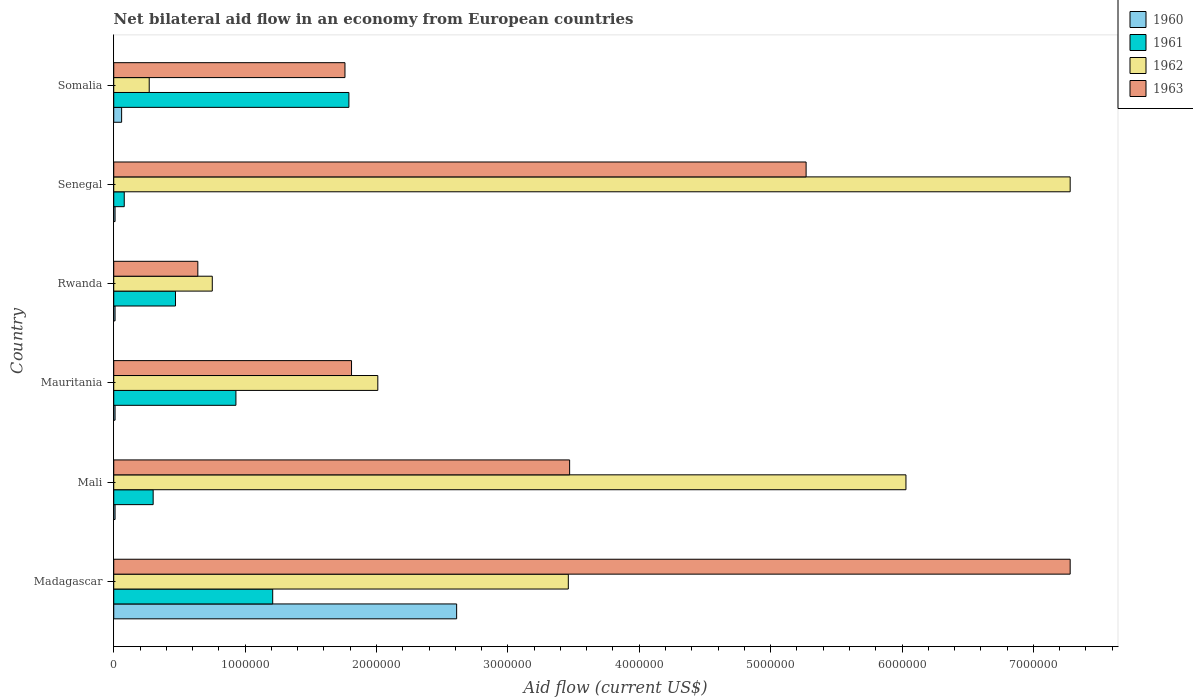
| Country | 1960 | 1961 | 1962 | 1963 |
 | --- | --- | --- | --- | --- |
 | Madagascar | 2.61e+06 | 1.21e+06 | 3.46e+06 | 7.28e+06 |
 | Mali | 1e+04 | 3e+05 | 6.03e+06 | 3.47e+06 |
 | Mauritania | 1e+04 | 9.3e+05 | 2.01e+06 | 1.81e+06 |
 | Rwanda | 1e+04 | 4.7e+05 | 7.5e+05 | 6.4e+05 |
 | Senegal | 1e+04 | 8e+04 | 7.28e+06 | 5.27e+06 |
 | Somalia | 6e+04 | 1.79e+06 | 2.7e+05 | 1.76e+06 |